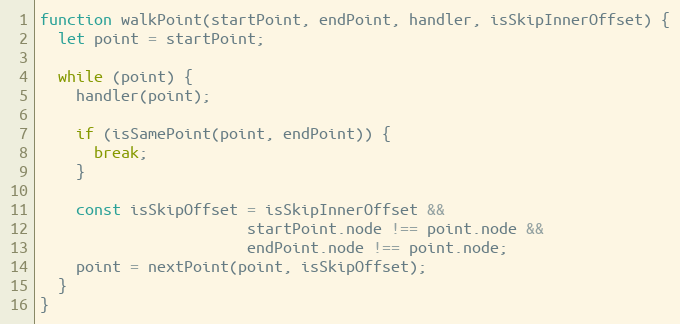
Language: JavaScript
function walkPoint(startPoint, endPoint, handler, isSkipInnerOffset) {
  let point = startPoint;

  while (point) {
    handler(point);

    if (isSamePoint(point, endPoint)) {
      break;
    }

    const isSkipOffset = isSkipInnerOffset &&
                       startPoint.node !== point.node &&
                       endPoint.node !== point.node;
    point = nextPoint(point, isSkipOffset);
  }
}